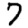
Digit: 7